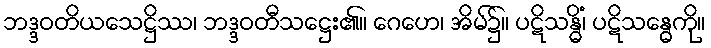
ဘဒ္ဒဝတိယသေဋ္ဌိဿ၊ ဘဒ္ဒဝတီသဋ္ဌေး၏။ ဂေဟေ၊ အိမ်၌။ ပဋိသန္ဓိံ၊ ပဋိသန္ဓေကို။